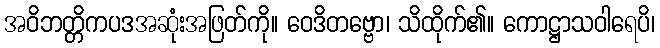
အဝိဘတ္တိကပဒအဆုံးအဖြတ်ကို။ ဝေဒိတဗ္ဗော၊ သိထိုက်၏။ ကောဋ္ဌာသဝါရေပိ၊